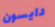
دايسون